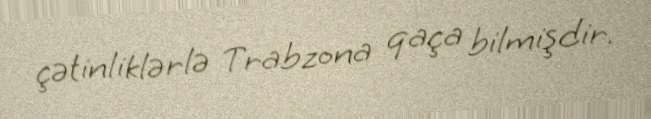
çətinliklərlə Trabzona qaça bilmişdir.